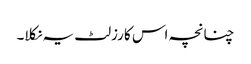
چنانچہ اس کا رزلٹ یہ نکلا۔